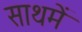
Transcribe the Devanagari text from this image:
साथमें